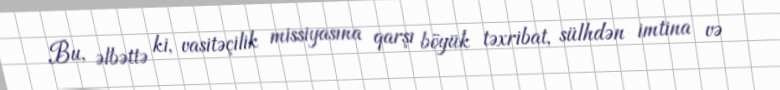
Bu, əlbəttə ki, vasitəçilik missiyasına qarşı böyük təxribat, sülhdən imtina və